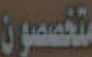
متخصصون